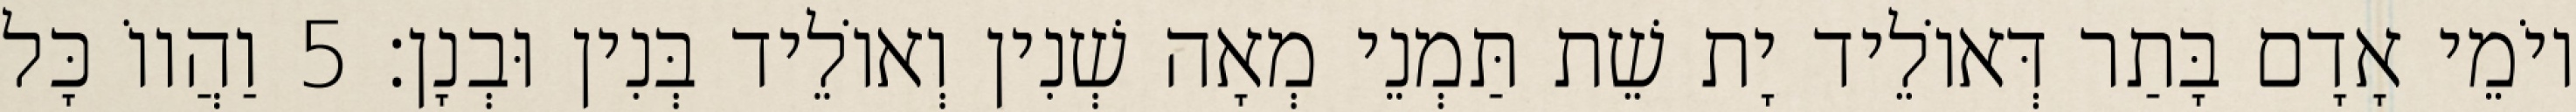
יוֹמֵי אָדָם בָּתַר דְּאוֹלֵיד יָת שֵׁת תַּמְנֵי מְאָה שְׁנִין וְאוֹלֵיד בְּנִין וּבְנָן׃ 5 וַהֲווֹ כָּל